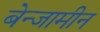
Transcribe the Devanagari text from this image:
बेन्जामीन